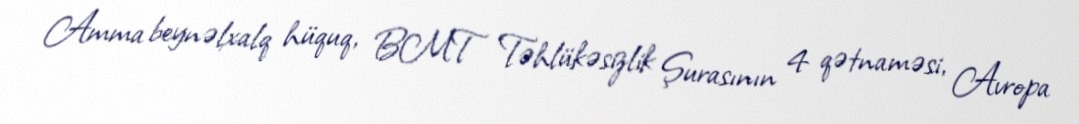
Amma beynəlxalq hüquq, BMT Təhlükəsizlik Şurasının 4 qətnaməsi, Avropa